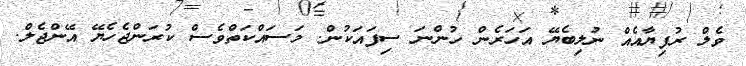
ވެލް ރުފިޔާއެއް ނުލިބެޔޭ އަހަރެން ހުންނަ ސިފައަކުން. މަސައްކަތްވެސް ކުރަންޖެހެޔޭ އޭންޖެލް.